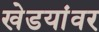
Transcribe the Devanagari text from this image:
खेडयांवर